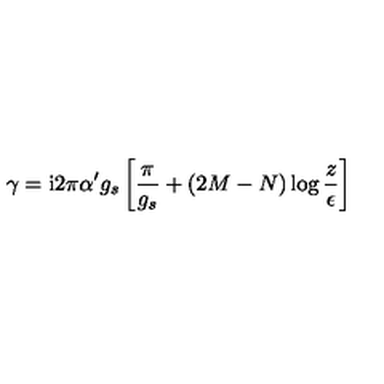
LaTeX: \gamma = \mathrm { i } 2 \pi \alpha ^ { \prime } g _ { s } \left[ \frac { \pi } { g _ { s } } + ( 2 M - N ) \log \frac { z } { \epsilon } \right]